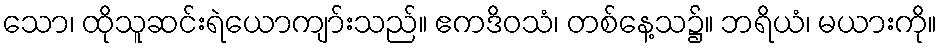
သော၊ ထိုသူဆင်းရဲယောကျာ်းသည်။ ဧကဒိဝသံ၊ တစ်နေ့သ၌။ ဘရိယံ၊ မယားကို။